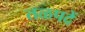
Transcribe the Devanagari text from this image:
तळपदें